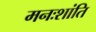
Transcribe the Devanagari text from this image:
मनःशांति